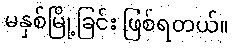
မနှစ်မြို့ခြင်း ဖြစ်ရတယ်။